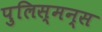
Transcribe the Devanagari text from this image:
पुलिस्मन्स